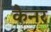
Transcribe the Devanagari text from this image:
कैनर